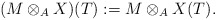
\begin{align*} (M \otimes_A X)(T) := M \otimes_A X(T).\end{align*}